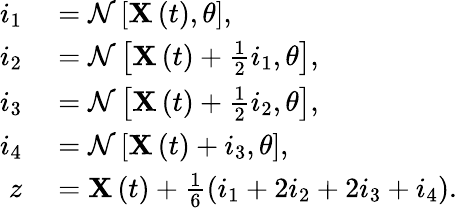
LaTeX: \begin{array}{rl}{i_{1}}&{{}=\mathcal{N}\left[\mathbf{X}\left(t\right),\theta\right],}\\ {i_{2}}&{{}=\mathcal{N}\left[\mathbf{X}\left(t\right)+\frac{1}{2}i_{1},\theta\right],}\\ {i_{3}}&{{}=\mathcal{N}\left[\mathbf{X}\left(t\right)+\frac{1}{2}i_{2},\theta\right],}\\ {i_{4}}&{{}=\mathcal{N}\left[\mathbf{X}\left(t\right)+i_{3},\theta\right],}\\ {z}&{{}=\mathbf{X}\left(t\right)+\frac{1}{6}\left(i_{1}+2i_{2}+2i_{3}+i_{4}\right).}\end{array}